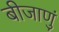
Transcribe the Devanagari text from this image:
बीजाणुं